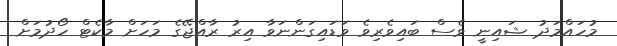
މުހައްމަދު ޝައިނީ ވެސް ބައިވެރިވެ ވަޑައިގަންނަވާ އިރު ރާއްޖޭގެ މަހަށް މާކެޓް ހޯދުމަށް